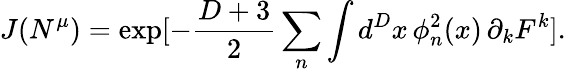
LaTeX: J(N^{\mu})=\exp[-\frac{D+3}{2}\sum_{n}\int d^{D}x\, \phi_{n}^{2}(x)\, \partial_{k}F^{k}].